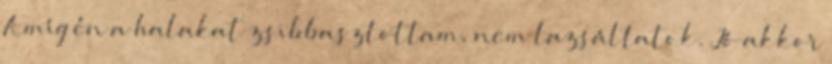
Amíg én a halakat zsibbasztottam, nem lazsáltatok. Jó akkor